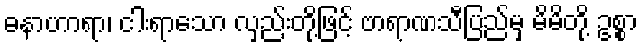
ဓနာဟာရာ၊ ငါးရာသော လှည်းတို့ဖြင့် ဗာရာဏသီပြည်မှ မိမိတို့ ဥစ္စာ